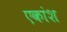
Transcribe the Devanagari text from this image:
एकांश